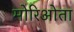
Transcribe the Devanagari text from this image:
मोरिओता